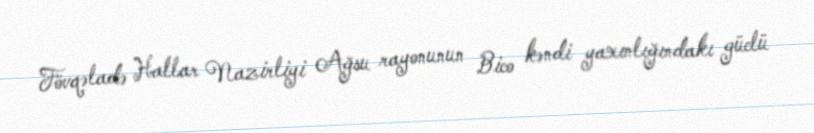
Fövqəladə Hallar Nazirliyi Ağsu rayonunun Bico kəndi yaxınlığındakı güclü